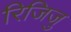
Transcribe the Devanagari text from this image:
रिजिजु